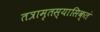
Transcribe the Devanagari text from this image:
तत्रामृतस्यासिक्तं